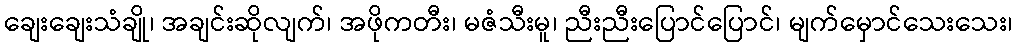
ချေးချေးသံချို၊ အချင်းဆိုလျက်၊ အဖိုကတီး၊ မဇံသီးမူ၊ ညီးညီးပြောင်ပြောင်၊ မျက်မှောင်သေးသေး၊